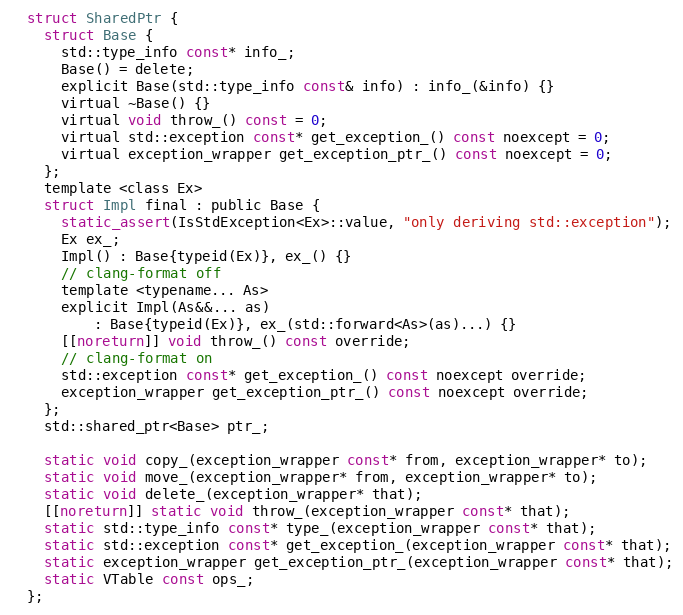
Language: C
  struct SharedPtr {
    struct Base {
      std::type_info const* info_;
      Base() = delete;
      explicit Base(std::type_info const& info) : info_(&info) {}
      virtual ~Base() {}
      virtual void throw_() const = 0;
      virtual std::exception const* get_exception_() const noexcept = 0;
      virtual exception_wrapper get_exception_ptr_() const noexcept = 0;
    };
    template <class Ex>
    struct Impl final : public Base {
      static_assert(IsStdException<Ex>::value, "only deriving std::exception");
      Ex ex_;
      Impl() : Base{typeid(Ex)}, ex_() {}
      // clang-format off
      template <typename... As>
      explicit Impl(As&&... as)
          : Base{typeid(Ex)}, ex_(std::forward<As>(as)...) {}
      [[noreturn]] void throw_() const override;
      // clang-format on
      std::exception const* get_exception_() const noexcept override;
      exception_wrapper get_exception_ptr_() const noexcept override;
    };
    std::shared_ptr<Base> ptr_;

    static void copy_(exception_wrapper const* from, exception_wrapper* to);
    static void move_(exception_wrapper* from, exception_wrapper* to);
    static void delete_(exception_wrapper* that);
    [[noreturn]] static void throw_(exception_wrapper const* that);
    static std::type_info const* type_(exception_wrapper const* that);
    static std::exception const* get_exception_(exception_wrapper const* that);
    static exception_wrapper get_exception_ptr_(exception_wrapper const* that);
    static VTable const ops_;
  };